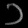
Digit: ၁